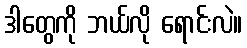
ဒါတွေကို ဘယ်လို ရောင်းလဲ။